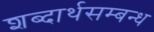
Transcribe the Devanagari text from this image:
शब्दार्थसम्बन्ध